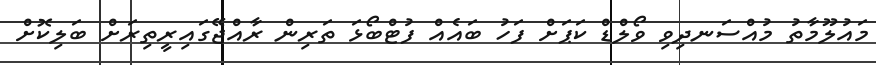
މައުލޫމާތު މުއްސަނދިވި ވޯލްޑް ކަޕަށް ފަހު ބައެއް ފުޓްބޯޅަ ތަރިން ރާއްޖޭގައިރީތިރަށް ބަލިކޮށް